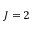
J = 2